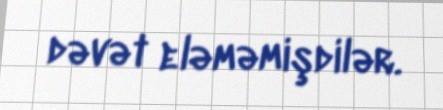
dəvət eləməmişdilər.